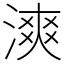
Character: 漺